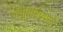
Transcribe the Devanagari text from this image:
नंपूतिरिप्पाडु